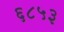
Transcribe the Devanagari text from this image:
६८५३